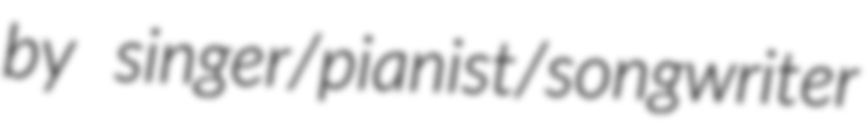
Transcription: by singer/pianist/songwriter